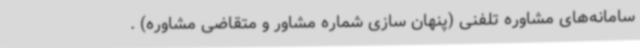
سامانه‌های مشاوره تلفنی (پنهان سازی شماره مشاور و متقاضی مشاوره) .